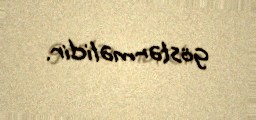
göstərməlidir.